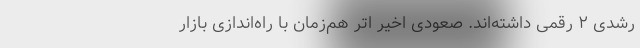
رشدی ۲ رقمی داشته‌اند. صعودی اخیر اتر هم‌زمان با راه‌اندازی بازار